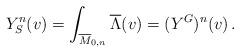
LaTeX: \begin{align*} Y^n_S(v) = \int_{\overline{M}_{0,n}} \overline{\Lambda}(v) = (Y^G)^n(v) \, .\end{align*}